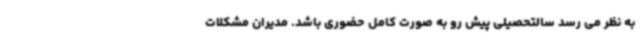
به نظر می رسد سالتحصیلی پیش رو به صورت کامل حضوری باشد. مدیران مشکلات